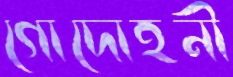
গোদোহনী